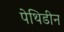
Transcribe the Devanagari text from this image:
पेथिडीन